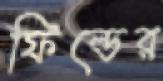
ফিল্ডের